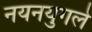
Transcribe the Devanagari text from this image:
नयनयुगले